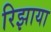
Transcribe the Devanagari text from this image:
रिझाया